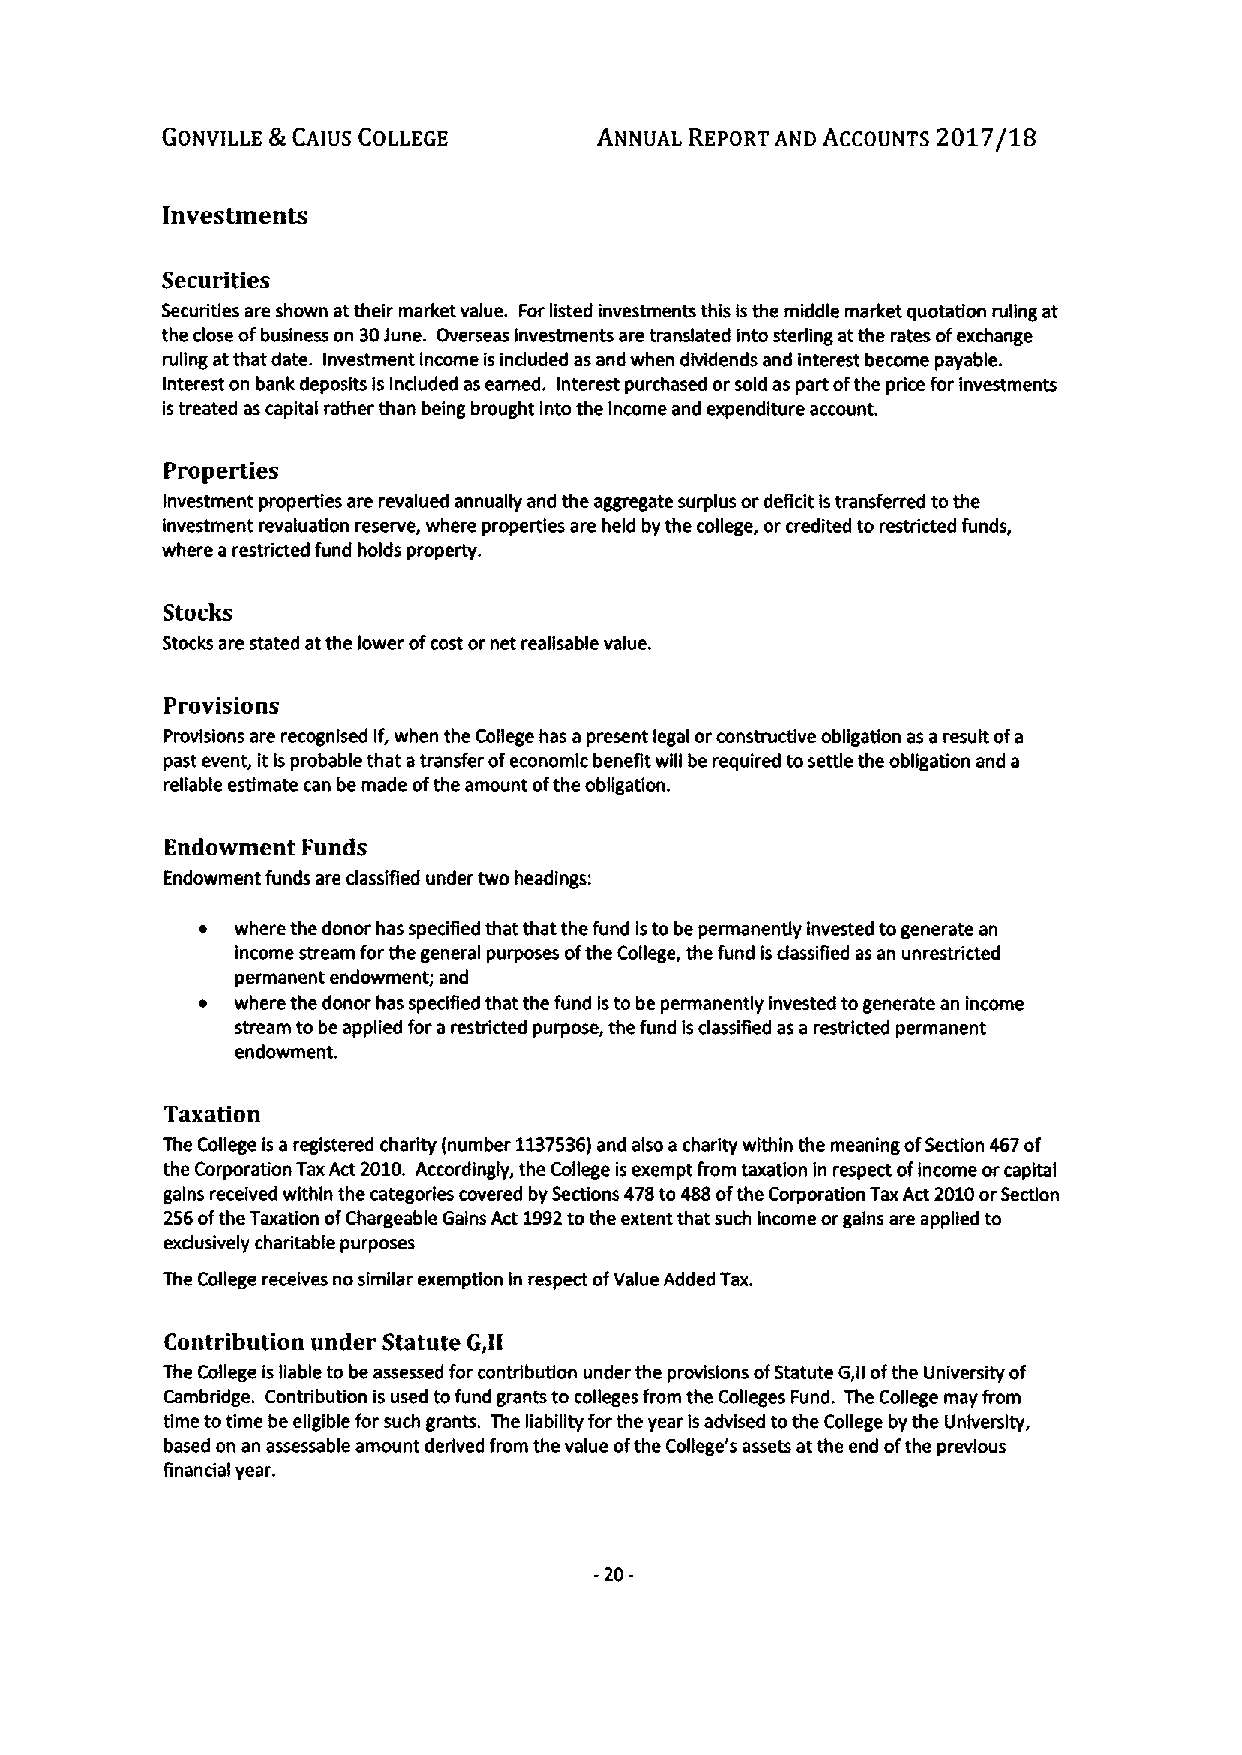
GONVILLE &CAIUS COLLEGE      ANNUAL REPORT AND ACCOUNTS 2017/18
 investments
 Securities
 Securities are shown attheir market value. Forlisted investments this isthe middle market quotation rufing at
 the close ofbusiness on 30June. Overseas investments are translated into sterling atthe rates ofexchange
 ruling atthat date. Investment income is induded as and when dhddends and interest become payable.
 Interest on bank deposits Isincluded as earned. Interest purchased orsold as part ofthe price for investments
 istreated as capital rather than being brought into the Income and expenditure account.
 Properties
 Investment properties are revalued annually and the aggregate surplus ordeficit istransferred tothe
 investment revaluation reserve, where properties are held by the college, or credited to restricted funds,
 where arestricted fund holds property.
 Stocks
 Stocks are stated atthe lower ofcost or net reallsable value.
 Provisions
 Provisions are recognised If,when the College has apresent legal orconstructive obligation as aresult ofa
 past event, itisprobable that atransfer ofeconomic benefit will be required tosettle the obligation and a
 reliable estimate can be made ofthe amount ofthe obligation.
 Endowment Funds
 Endowment funds are dassifled under two headings:
 ~  where the donor has specified that that the fund istobe permanently Invested togenerate an
 income stream forthe general purposes ofthe College, the fund isdassifled as an unrestricted
 permanent endowment; and
 ~  where the donor has spedfled that the fund Isto be permanently invested togenerate an income
 stream to be applied forarestricted purpose, the fund isdassified as a restricted permanent
 endowment.
 Taxation
 The College is aregistered charity (number 1137536)and also acharity within the meaning ofSection 467of
 the Corporation TaxAct 2010. Accordingly, the College isexempt from taxatlon in respect ofIncome orcapital
 gains received within the categories covered by Sections 478to488ofthe Corporation TaxAct 2010orSection
 256ofthe Taxation ofChargeable Gains Act 1992tothe extent that such income orgains are applied to
 exdusively charitable purposes
 The College receives no similar exemption In respect ofValue Added Tax.
 Contribution under Statute G,II
 The College isliable to be assessed for contribution under the provisions ofStatute G,ll ofthe University of
 Cambridge. Contribution is used tofund grants tocolleges from the Colleges Fund. The College may from
 time totime be eligible for such grants. The liability forthe year isadvised tothe College by the University,
 based on an assessable amount derived from the value ofthe Cofiege's assets atthe end ofthe previous
 financial year.
 -20-